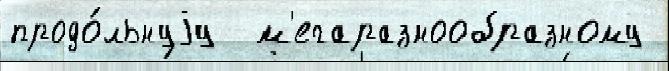
продо́льнуjу  м'егаразнообразному